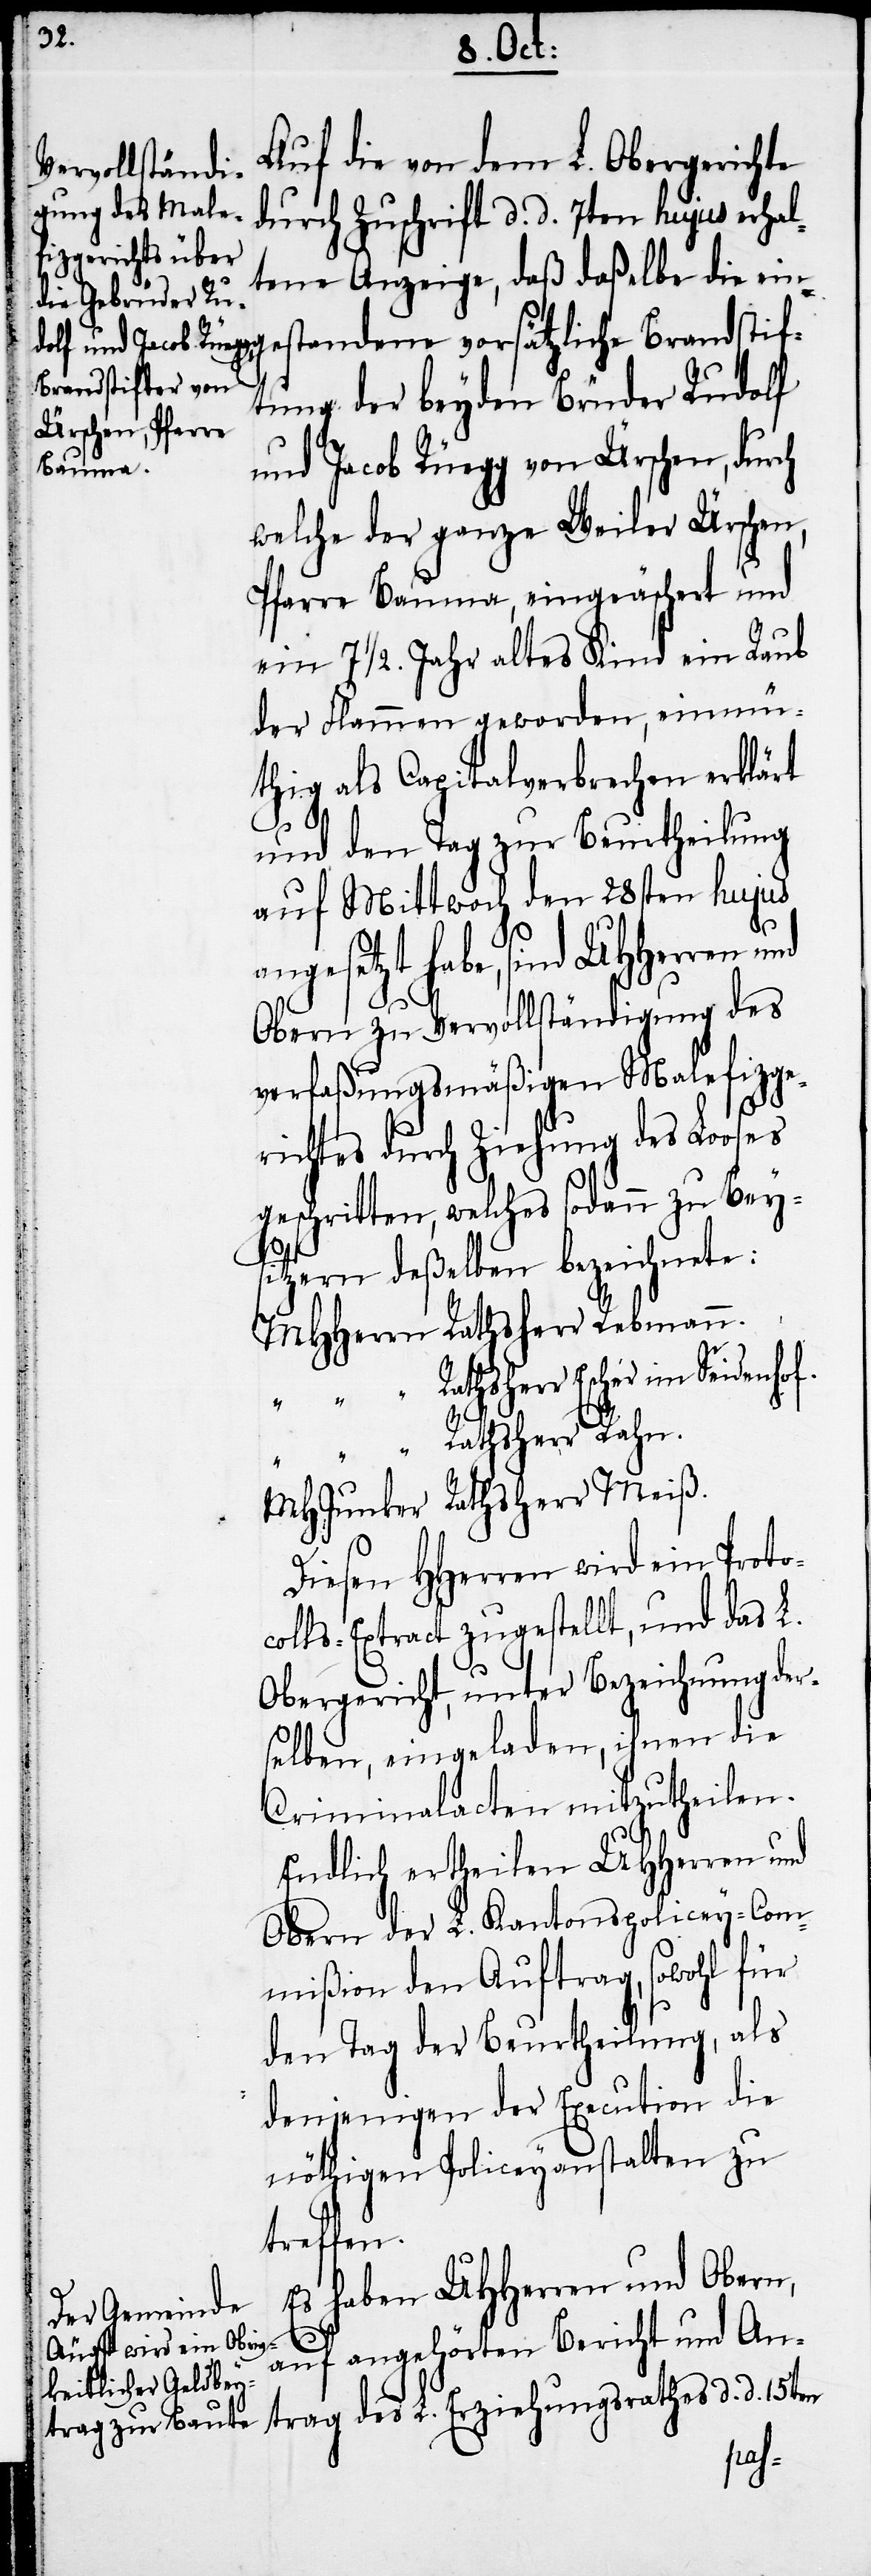
Auf die von dem L. Obergerichte
durch Zuschrift d. d. 7ten hujus erhal¬
tene Anzeige, daß daßelbe die eing¬
estandene vorsätzliche Brandstif¬
tung der beyden Brüder Rudolf
und Jacob Rüegg von Ürschen, durch
welche der ganze Weiler Ürschen,
Pfarre Bauma, eingeäschert und
ein 7 1/2. Jahr altes Kind ein Raub
der Flammen geworden, einmü¬
thig als Capitalverbrechen erklärt
und den Tag zur Beurtheilung
auf Mittwoch den 28sten hujus
gesetzt habe, sind UHHerren
Obern zu Vervollständigung des
verfaßungsmäßigen Malefizge¬
richtes durch Ziehung des Looses
geschritten, welches sodann zu Beysi¬
tzern deßelben bezeichnete:
MHHerrn Rathsherr Rebmann.
Escher im Seidenhof.
MHJunker Rathsherr Meiß.
Diesen HHerren wird ein Proto¬
colls-Extract zugestellt, und das L.
Obergericht, unter Bezeichnung der¬
selben, eingeladen, ihnen die
Criminalacten mitzutheilen.
Endlich ertheilen UHHerren und
Obern der L. Kantonspolicey-Com¬
mißion den Auftrag, sowohl für
den Tag der Beurtheilung, als
denjenigen der Execution die
nöthigen Policeyanstalten zu
treffen.
Es haben UHHerren und Obern,
auf angehörten Bericht und An¬
trag des L. Erziehungsrathes d. d. 15ten
an¬